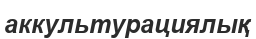
аккультурациялық